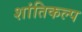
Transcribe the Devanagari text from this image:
शांतिकल्प